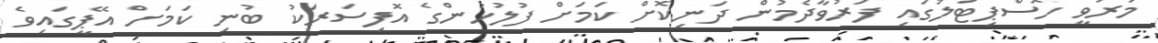
މަރުވީ ހޮސްޕިޓަލުގައި ފަރުވާދެމުން ދަނިކޮށް ކަމަށް ފުލުހުންގެ އޮފިސަރަކު ބުނި ކަމަށް އޭޕީގައިވެ